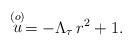
LaTeX: \begin{align*}\stackrel{(o)}{u} = -\Lambda_\tau\, r^2 + 1.\end{align*}